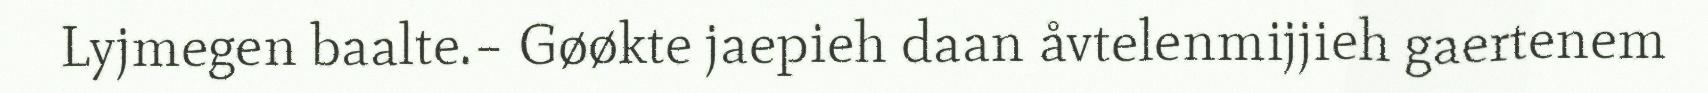
Lyjmegen baalte.– Gøøkte jaepieh daan åvtelenmijjieh gaertenem